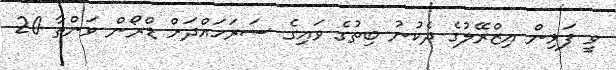
ވީ ފަޅިން އިޒްރޭލުގެ ދެކުނު ބިތުގެ ވައިގެ ސަރަހައްދަށް ޑްރޯން ވަންތާ 20